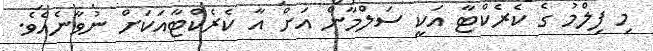
މި ފިލްމު ގެ ކެރެކްޓާ އަކީ ސަލްމާން އަށް އާ ކެރެކްޓާއަކަށް ނުވާނެއެވެ.